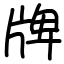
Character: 牌